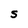
Character: S